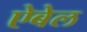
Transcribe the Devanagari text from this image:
ऐबेल